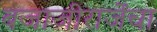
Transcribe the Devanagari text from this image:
बजाजीराजेंचा